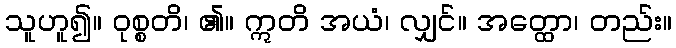
သူဟူ၍။ ဝုစ္စတိ၊ ၏။ ဣတိ အယံ၊ လျှင်။ အတ္ထော၊ တည်း။